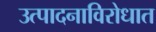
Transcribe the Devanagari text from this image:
उत्पादनाविरोधात